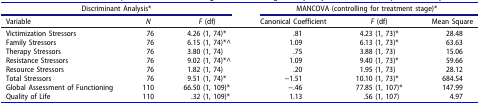
| <COLSPAN=3> Discriminant Analysis* | <COLSPAN=3> MANCOVA (controlling for treatment stage)* |
 | Variable | N | F (df) | Canonical Coefficient | F (df) | Mean Square |
 | --- | --- | --- | --- | --- | --- |
 | Victimization Stressors | 76 | 4.26 (1, 74)* | .81 | 4.23 (1, 73)* | 28.48 |
 | Family Stressors | 76 | 6.15 (1, 74)*^ | 1.09 | 6.13 (1, 73)* | 63.63 |
 | Therapy Stressors | 76 | 3.80 (1, 74) | .75 | 3.88 (1, 73) | 15.06 |
 | Resistance Stressors | 76 | 9.02 (1, 74)*^ | 1.09 | 9.40 (1, 73)* | 59.66 |
 | Resource Stressors | 76 | 1.82 (1, 74) | .20 | 1.95 (1, 73) | 28.12 |
 | Total Stressors | 76 | 9.51 (1, 74)* | −1.51 | 10.10 (1, 73)* | 684.54 |
 | Global Assessment of Functioning | 110 | 66.50 (1, 109)* | −.46 | 77.85 (1, 107)* | 147.99 |
 | Quality of Life | 110 | .32 (1, 109)* | 1.13 | .56 (1, 107) | 4.97 |